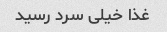
غذا خیلی سرد رسید